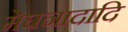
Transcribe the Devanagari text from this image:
मेघनादादि